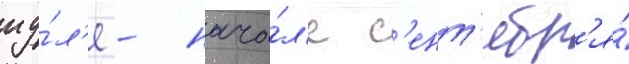
иу́л'е - нача́л'е с'ент'ябр'я́